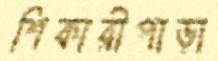
শিকারীপাড়া